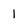
Character: 1